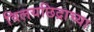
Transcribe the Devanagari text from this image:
विलयछिद्राच्या